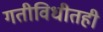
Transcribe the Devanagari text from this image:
गतीविधीतही